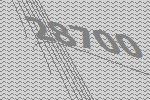
28700